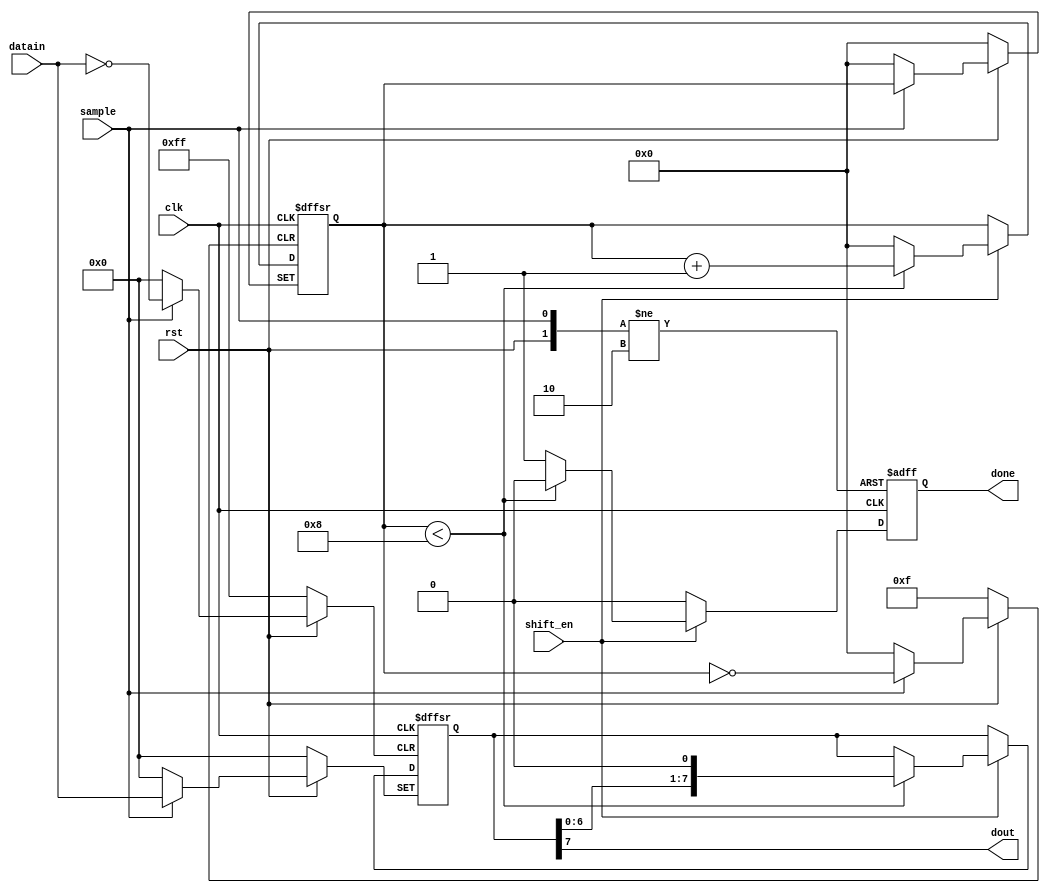

module shiftout_reg
// This is a shift register that sends data out to the miso lines 
  #(parameter DATA_WIDTH=8)
  (input clk,
   input rst,
   input [DATA_WIDTH-1:0] datain,
	input sample,
   input shift_en,
   output dout,
	output reg done
   );
	
	reg [3:0] 				count;
   reg [DATA_WIDTH-1:0] sh_reg;
	
   assign dout = sh_reg[DATA_WIDTH-1];
    
   always @(negedge clk or negedge rst or posedge sample) 
	begin
      if(!rst) 
			begin
				sh_reg <= 0;
				count <= 0; 
				done <= 0;
			end 
		else if(sample) 
			begin
				sh_reg <= datain;
				done <= 0;
			end
		else if(shift_en) 
			begin
				if(count < 8) 
					begin
						sh_reg 	<= sh_reg << 1;
						count 	<= count + 1;
						done 		<= 0;
					end
				else 
					begin
						done <= 1;
						count <= 0;
					end  
			end
		else
			done <= 0;
	end
endmodule